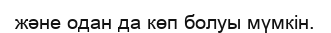
және одан да көп болуы мүмкін.